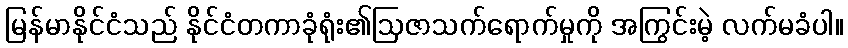
မြန်မာနိုင်ငံသည် နိုင်ငံတကာခုံရုံး၏ဩဇာသက်ရောက်မှုကို အကြွင်းမဲ့ လက်မခံပါ။